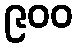
၉၀၀